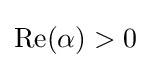
\textstyle \operatorname {Re} (\alpha )>0